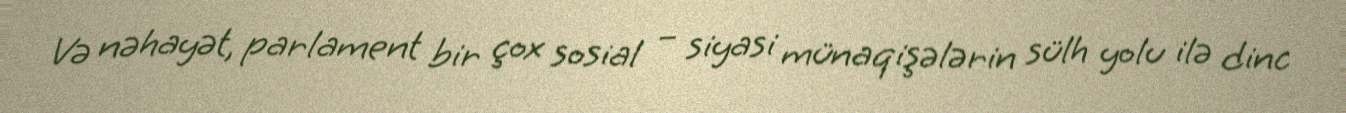
Və nəhayət, parlament bir çox sosial – siyasi münaqişələrin sülh yolu ilə dinc